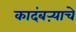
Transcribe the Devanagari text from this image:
कादंबऱ्याचे